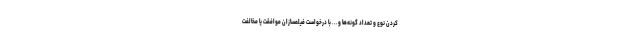
کردن نوع و تعداد گونه‌ها و... با درخواست فیلمسازان موافقت یا مخالفت